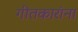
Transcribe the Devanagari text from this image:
गीतकारांना